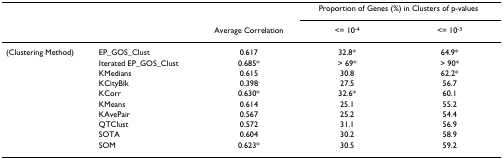
|  |  |  | <COLSPAN=2> Proportion of Genes (%) in Clusters of p-values |
 |  |  | Average Correlation | <= 10-4 | <= 10-3 |
 | --- | --- | --- | --- | --- |
 | (Clustering Method) | EP_GOS_Clust | 0.617 | 32.8* | 64.9* |
 |  | Iterated EP_GOS_Clust | 0.685* | > 69* | > 90* |
 |  | KMedians | 0.615 | 30.8 | 62.2* |
 |  | KCityBlk | 0.398 | 27.5 | 56.7 |
 |  | KCorr | 0.630* | 32.6* | 60.1 |
 |  | KMeans | 0.614 | 25.1 | 55.2 |
 |  | KAvePair | 0.567 | 25.2 | 54.4 |
 |  | QTClust | 0.572 | 31.1 | 56.9 |
 |  | SOTA | 0.604 | 30.2 | 58.9 |
 |  | SOM | 0.623* | 30.5 | 59.2 |